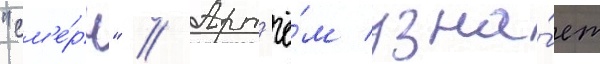
"см'е́рч" // Арт'ё́м узна́ет